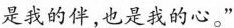
是我的伴，也是我的心。”